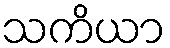
သကိယာ